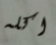
اكله